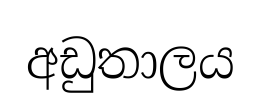
අඩුතාලය